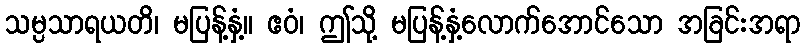
သမ္ပသာရယတိ၊ မပြန့်နှံ့။ ဧဝံ၊ ဤသို့ မပြန့်နှံ့လောက်အောင်သော အခြင်းအရာ